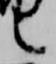
言